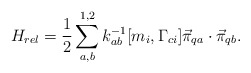
\begin{align*}H_{rel}= {1\over 2} \sum_{a,b}^{1,2} k^{-1}_{ab}[m_i,\Gamma_{ci}]{\vec \pi}_{qa} \cdot {\vec \pi}_{qb}.\end{align*}